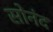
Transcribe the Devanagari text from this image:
सोनंद